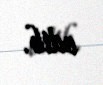
edib.